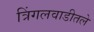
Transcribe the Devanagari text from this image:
त्रिंगलवाडीतले